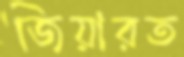
জিয়ারত